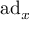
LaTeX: \mathrm { a d } _ { x }